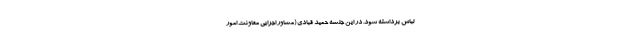
لباس برداشته شود. در این جلسه حمید قبادی (مشاور اجرایی معاونت امور